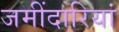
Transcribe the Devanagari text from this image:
जमींदारियां